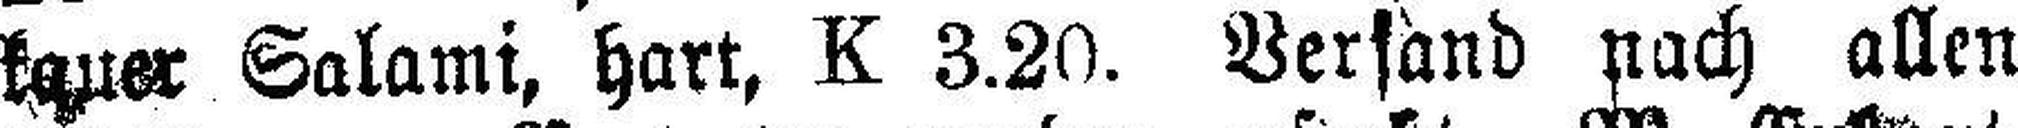
kauer Salami, hart, K 3.20. Versand nach allen